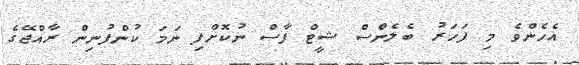
އެހެންވެ މި ފަހަރު ބެލެންސް ޝީޓް ފާސް ނުކޮށްފި ނަމަ ކުންފުނިން ރާއްޖޭގެ